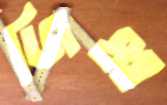
জিহ্বা